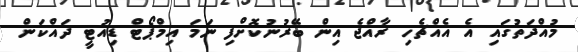
މުއްދަތުގައި އެ އެއްޗެހި ރާއްޖެ އިން ބޭރުނުކޮށްފި ނަމަ އިމްޕޯޓް ޑިއުޓީ ދައްކަން